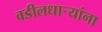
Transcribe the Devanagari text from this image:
वडीलधार्‍यांना